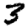
Digit: 3